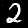
Digit: 2